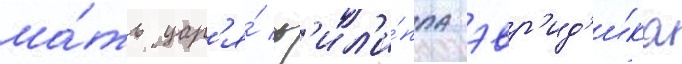
ма́ть цар'я́ ф'ил'и́ппа эвр'ид'и́ка